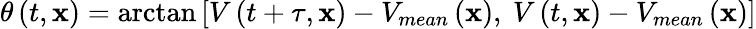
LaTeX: \theta\left(t,\mathbf{x}\right)=\arctan{\left[V\left(t+\tau,\mathbf{x}\right)-V_{mean}\left(\mathbf{x}\right),\ V\left(t,\mathbf{x}\right)-V_{mean}\left(\mathbf{x}\right)\right]}